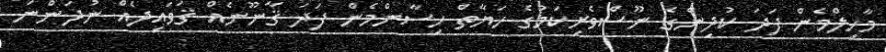
މާހިލްމެން ފަދަ ކުދިންގެ ނޫސްވެރިކަމުގެ ހަޔާތް ހިސާންމެން ފަދަ ޤާނޫނެއް ޤަވައިދެއް ނުދަންނަ